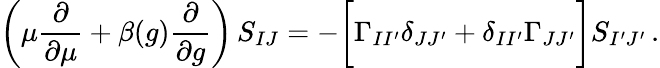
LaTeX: \bigg(\mu{\frac{\partial}{\partial\mu}}+\beta(g){\frac{\partial}{\partial g}}\bigg)\, S_{IJ}=-\bigg[\Gamma_{II^{\prime}}\delta_{JJ^{\prime}}+\delta_{II^{\prime}}\Gamma_{JJ^{\prime}}\bigg]S_{I^{\prime}J^{\prime}}\, .